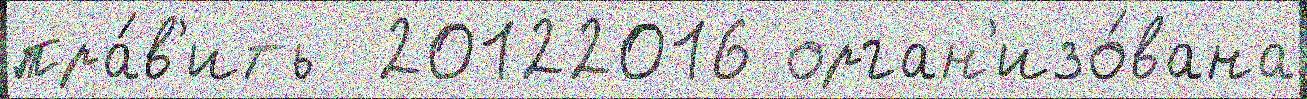
пра́в'ить  20122016 орган'изо́вана